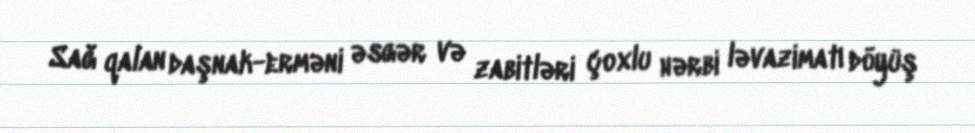
Sağ qalan daşnak-erməni əsgər və zabitləri çoxlu hərbi ləvazimatı döyüş